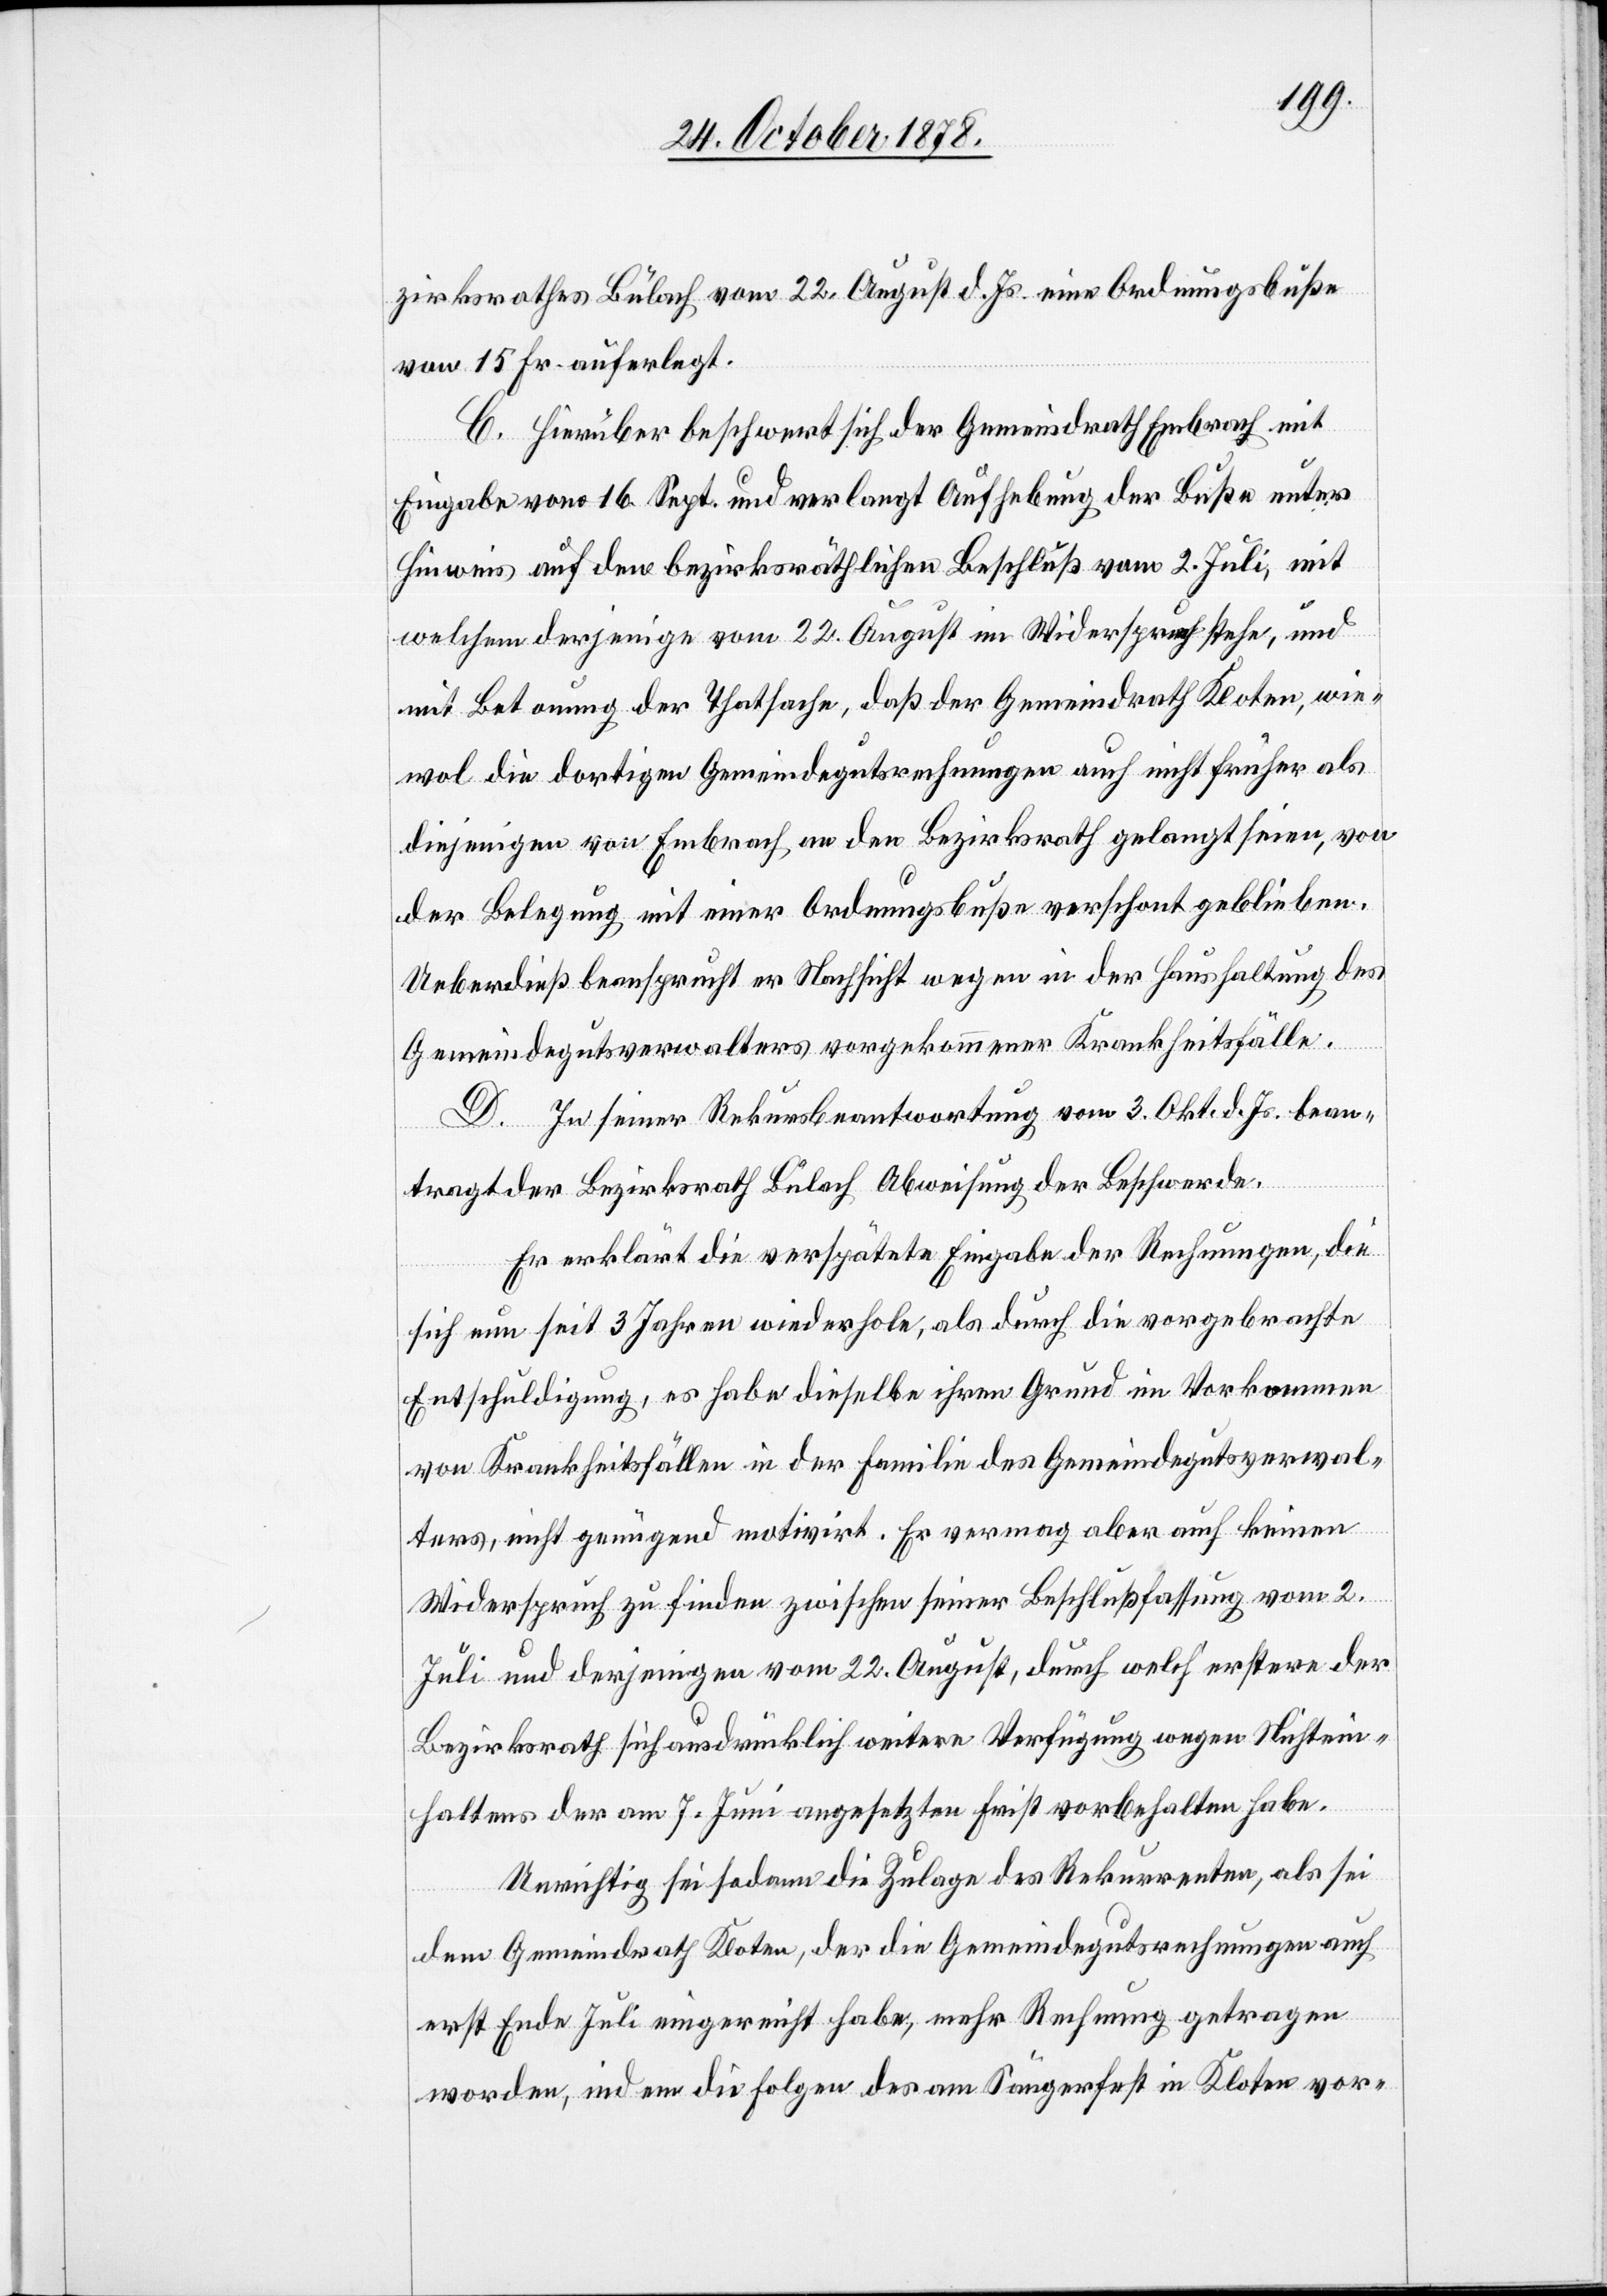
zirksrathes Bülach vom 22. August d. Js. eine Ordnungsbuße
von 15 Fr. auferlegt.
C. Hierüber beschwert sich der Gemeindrath Embrach mit
Eingabe vom 16. Sept. und verlangt Aufhebung der Buße unter
Hinweis auf den bezirksräthlichen Beschluß vom 2. Juli, mit
welchem derjenige vom 22. August im Widerspruch stehe, und
mit Betonung der Thatsache, daß der Gemeindrath Kloten, wie¬
wol die dortigen Gemeindegutsrechnungen auch nicht früher als
diejenigen von Embrach an den Bezirksrath gelangt seien, von
der Belegung mit einer Ordnungsbuße verschont geblieben.
Ueberdieß beansprucht er Nachsicht wegen in der Haushaltung des
Gemeindegutsverwalters vorgekommener Krankheitsfälle.
D. In seiner Rekursbeantwortung vom 3. Okt. d. Js. bean¬
tragt der Bezirksrath Bülach Abweisung der Beschwerde.
Er erklärt die verspätete Eingabe der Rechnungen, die
sich nun seit 3 Jahren wiederhole, als durch die vorgebrachte
Entschuldigung, es habe dieselbe ihren Grund im Vorkommen
von Krankheitsfällen in der Familie des Gemeindegutsverwal¬
ters, nicht genügend motivirt. Er vermag aber auch keinen
Widerspruch zu finden zwischen seiner Beschlußfassung vom 2.
Juli und derjenigen vom 22. August, durch welch’ erstere der
Bezirksrath sich ausdrücklich weitere Verfügung wegen Nichtein¬
haltens der am 7. Juni angesetzten Frist vorbehalten habe.
Unrichtig sei sodann die Zulage des Rekurrenten, als sei
dem Gemeindrath Kloten, der die Gemeindegutsrechnungen auch
erst Ende Juli eingereicht habe, mehr Rechnung getragen
worden, indem die Folge des am Sängerfest in Kloten vor-